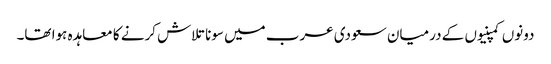
دونوں کمپنیوں کے درمیان سعودی عرب میں سونا تلاش کرنے کا معاہدہ ہوا تھا۔